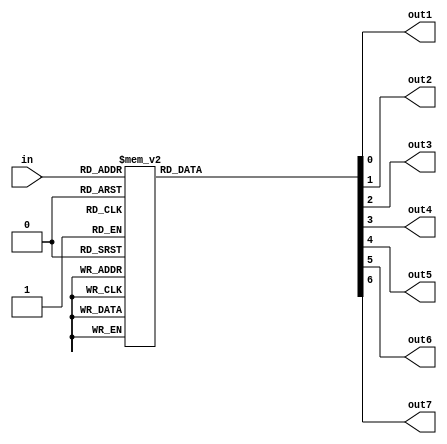
module encode (
    input  [3:0]  in,
    output out1, out2, out3, out4, out5, out6, out7
);
    reg [6:0] out;
    always@(*)
    begin
        case (in)
        4'b0000: begin out = 7'b1000000; end
        4'b0001: begin out = 7'b1111001; end
        4'b0010: begin out = 7'b0100100; end
        4'b0011: begin out = 7'b0110000; end
        4'b0100: begin out = 7'b0011001; end
        4'b0101: begin out = 7'b0010010; end
        4'b0110: begin out = 7'b0000010; end
        4'b0111: begin out = 7'b1111000; end
        4'b1000: begin out = 7'b0000000; end
        4'b1001: begin out = 7'b0010000; end
        4'b1010: begin out = 7'b0001000; end
        4'b1011: begin out = 7'b0000011; end
        4'b1100: begin out = 7'b1000110; end
        4'b1101: begin out = 7'b0100001; end
        4'b1110: begin out = 7'b0000110; end
        4'b1111: begin out = 7'b0001110; end
        default: begin out = 7'b1111111; end
        endcase
    end
    
    assign {out7, out6, out5, out4, out3, out2, out1} = {out};
endmodule